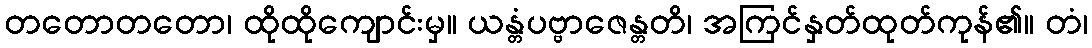
တတောတတော၊ ထိုထိုကျောင်းမှ။ ယန္တံပဗ္ဗာဇေန္တတိ၊ အကြင်နှတ်ထုတ်ကုန်၏။ တံ၊